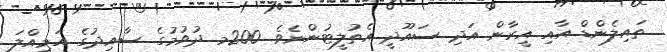
ތައިލެންޑް އާއި އީރާން އަދި ސައޫދީ އެތުލީޓުންނެވެ. 200މ ދުވުމުގެ ސާއިދުގެ އަމިއްލަ